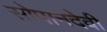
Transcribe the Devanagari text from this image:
सोपानदेवी